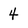
Character: 4